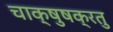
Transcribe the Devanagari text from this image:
चाक्षुषक्रतु